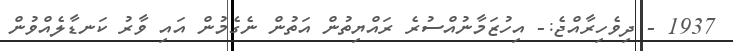
1937 - ދިވެހިރާއްޖެ:- އިހުޒަމާނުއްސުރެ ރައްޔިތުން އަތުން ނެގެމުން އައި ވާރު ކަނޑާލެއްވުން